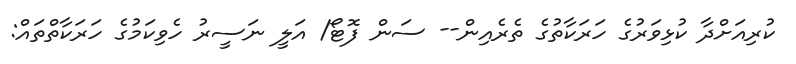
ކުރިއަށްދާ ކުޅިވަރުގެ ހަރަކާތުގެ ތެރެއިން-- ސަން ފޮޓޯ/ އަލީ ނަސީރު ހެވިކަމުގެ ހަރަކާތްތައް: